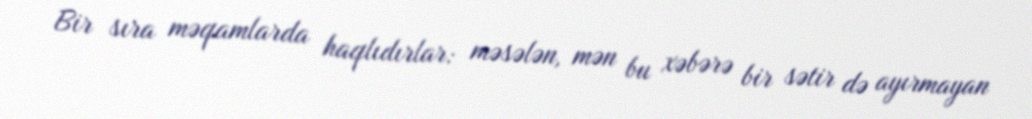
Bir sıra məqamlarda haqlıdırlar: məsələn, mən bu xəbərə bir sətir də ayırmayan